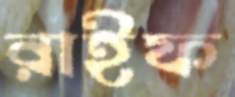
রাইফ